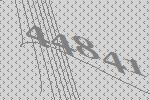
44841